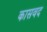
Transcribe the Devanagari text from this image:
कासवद